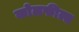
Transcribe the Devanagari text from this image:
काेलफील्ड